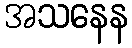
အသနေန